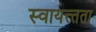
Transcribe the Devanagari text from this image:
स्वायत्त्तता